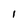
Character: 1